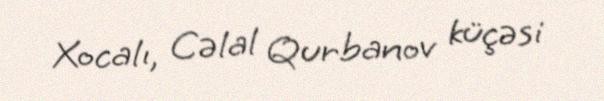
Xocalı, Cəlal Qurbanov küçəsi